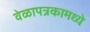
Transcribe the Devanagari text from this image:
वेळापत्रकामध्ये